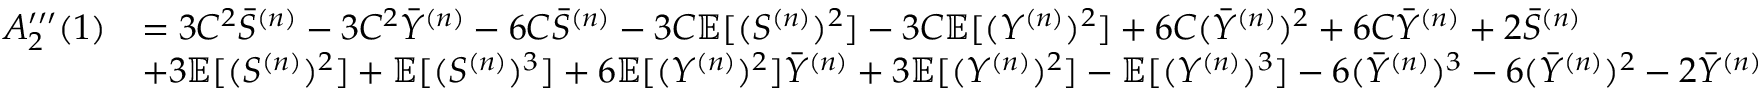
\begin{array} { r l } { A _ { 2 } ^ { \prime \prime \prime } ( 1 ) } & { = 3 C ^ { 2 } \Bar { S } ^ { ( n ) } - 3 C ^ { 2 } \Bar { Y } ^ { ( n ) } - 6 C \Bar { S } ^ { ( n ) } - 3 C \mathbb { E } [ ( S ^ { ( n ) } ) ^ { 2 } ] - 3 C \mathbb { E } [ ( Y ^ { ( n ) } ) ^ { 2 } ] + 6 C ( \Bar { Y } ^ { ( n ) } ) ^ { 2 } + 6 C \Bar { Y } ^ { ( n ) } + 2 \Bar { S } ^ { ( n ) } } \\ & { + 3 \mathbb { E } [ ( S ^ { ( n ) } ) ^ { 2 } ] + \mathbb { E } [ ( S ^ { ( n ) } ) ^ { 3 } ] + 6 \mathbb { E } [ ( Y ^ { ( n ) } ) ^ { 2 } ] \Bar { Y } ^ { ( n ) } + 3 \mathbb { E } [ ( Y ^ { ( n ) } ) ^ { 2 } ] - \mathbb { E } [ ( Y ^ { ( n ) } ) ^ { 3 } ] - 6 ( \Bar { Y } ^ { ( n ) } ) ^ { 3 } - 6 ( \Bar { Y } ^ { ( n ) } ) ^ { 2 } - 2 \Bar { Y } ^ { ( n ) } } \end{array}